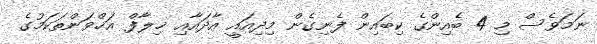
ނަމަވެސް މި 4 ބެއިންގެ ކިބައިން ފެނިގެން މިދިއައީ އާދައާއި ޚިލާފް އަޚްވަންތަކަމުގެ